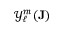
{ \mathcal { Y } } _ { \ell } ^ { m } ( { \mathbf { J } } )